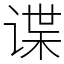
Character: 谍